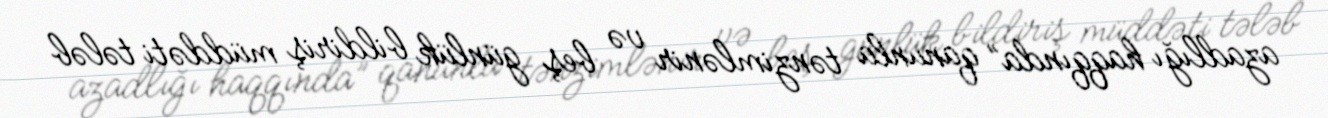
azadlığı haqqında” qanunla tənzimlənir və beş günlük bildiriş müddəti tələb